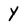
Character: Y